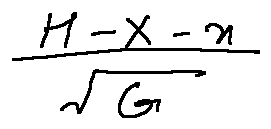
\frac { H - X - x } { \sqrt { G } }